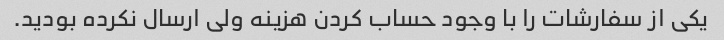
یکی از سفارشات را با وجود حساب کردن هزینه ولی ارسال نکرده بودید.